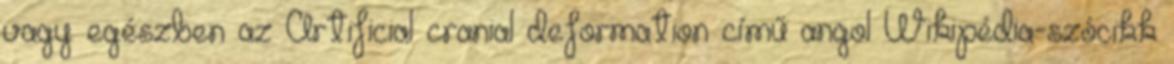
vagy egészben az Artificial cranial deformation című angol Wikipédia-szócikk